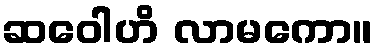
ဆဝေါဟိ လာမကော။